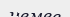
немее